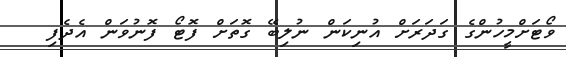
ވޯޓަށްމީހުންގެ ގަދަރަށް އުނިކަން ނުލިބޭ ގޮތަށް ފޮޓޯ ފޮނުވަން އެދެފި